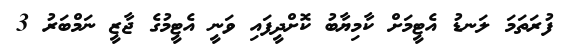
ފުރަތަމަ ލަނޑު އެޓީމަށް ކާމިޔާބު ކޮށްދީފައި ވަނީ އެޓީމުގެ ޖާޒީ ނަމްބަރު 3